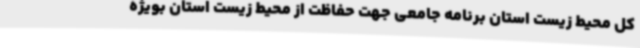
کل محیط زیست استان برنامه جامعی جهت حفاظت از محیط زیست استان بویژه